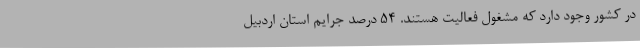
در کشور وجود دارد که مشغول فعالیت هستند. 54 درصد جرایم استان اردبیل